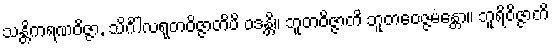
သန္တိကရဏဝိဇ္ဇာ, သိင်္ဂါလရုတဝိဇ္ဇာတိပိ ဝဒန္တိ။ ဘူတဝိဇ္ဇာတိ ဘူတဝေဇ္ဇမန္တော။ ဘူရိဝိဇ္ဇာတိ